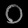
Digit: ၀